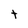
Character: t